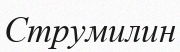
Струмилин